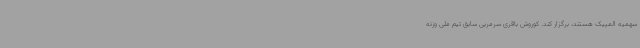
سهمیه المپیک هستند، برگزار کند. کوروش باقری سرمربی سابق تیم ملی وزنه